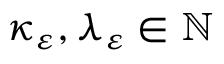
\kappa _ { \varepsilon } , \lambda _ { \varepsilon } \in \mathbb { N }